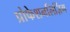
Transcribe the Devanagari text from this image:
प्रोफेशनलिज़िंग